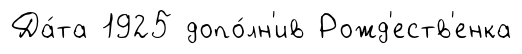
Да́та 1925 допо́лн'ив Рожд'еств'енка